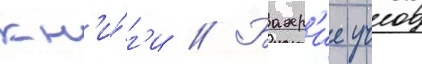
кн'и́г'и // Бахр'ие учок